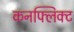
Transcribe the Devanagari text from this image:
कनफ्लिक्ट